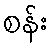
စန်း